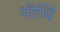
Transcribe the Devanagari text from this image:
पॉप्पिं